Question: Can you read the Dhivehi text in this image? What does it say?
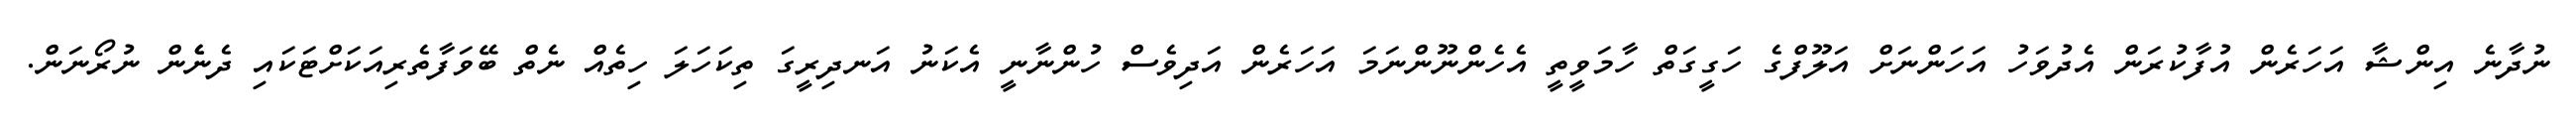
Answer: ނުދާނެ އިންޝާ އަހަރެން އުފާކުރަން އެދުވަހު އަހަންނަށް އަލޫފްގެ ހަގީގަތް ހާމަވީތީ އެހެންނޫންނަމަ އަހަރެން އަދިވެސް ހުންނާނީ އެކަނު އަނދިރީގަ ތިކަހަލަ ހިތެއް ނެތް ބޭވަފާތެރިއަކަށްޓަކައި ދެނެެން ނުރޯނަން.